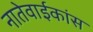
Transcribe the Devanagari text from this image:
नातेवाईकांस